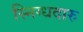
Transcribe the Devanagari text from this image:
स्निग्धदारु